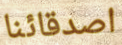
اصدقائنا